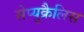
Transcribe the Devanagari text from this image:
सेप्युक्रैलिस